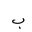
Letter: _ba